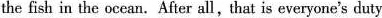
the fish in the ocean.After all,that is everyone's duty